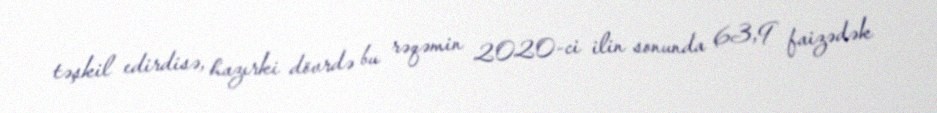
təşkil edirdisə, hazırki dövrdə bu rəqəmin 2020-ci ilin sonunda 63,9 faizədək